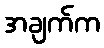
အချက်က